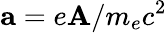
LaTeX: {\mathbf a}=e\mathbf{A}/m_{e}c^{2}